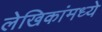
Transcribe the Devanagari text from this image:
लेखिकांमध्ये